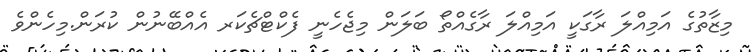
މިޒާތުގެ އަމިއްލަ ރާގަކީ އަމިއްލަ ރާގެއްތޯ ބަލަން މިޖެހެނީ ފެކްޓްޗެކަރ އެއްބޭނުން ކުރަން.މިހެންވެ